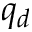
q _ { d }